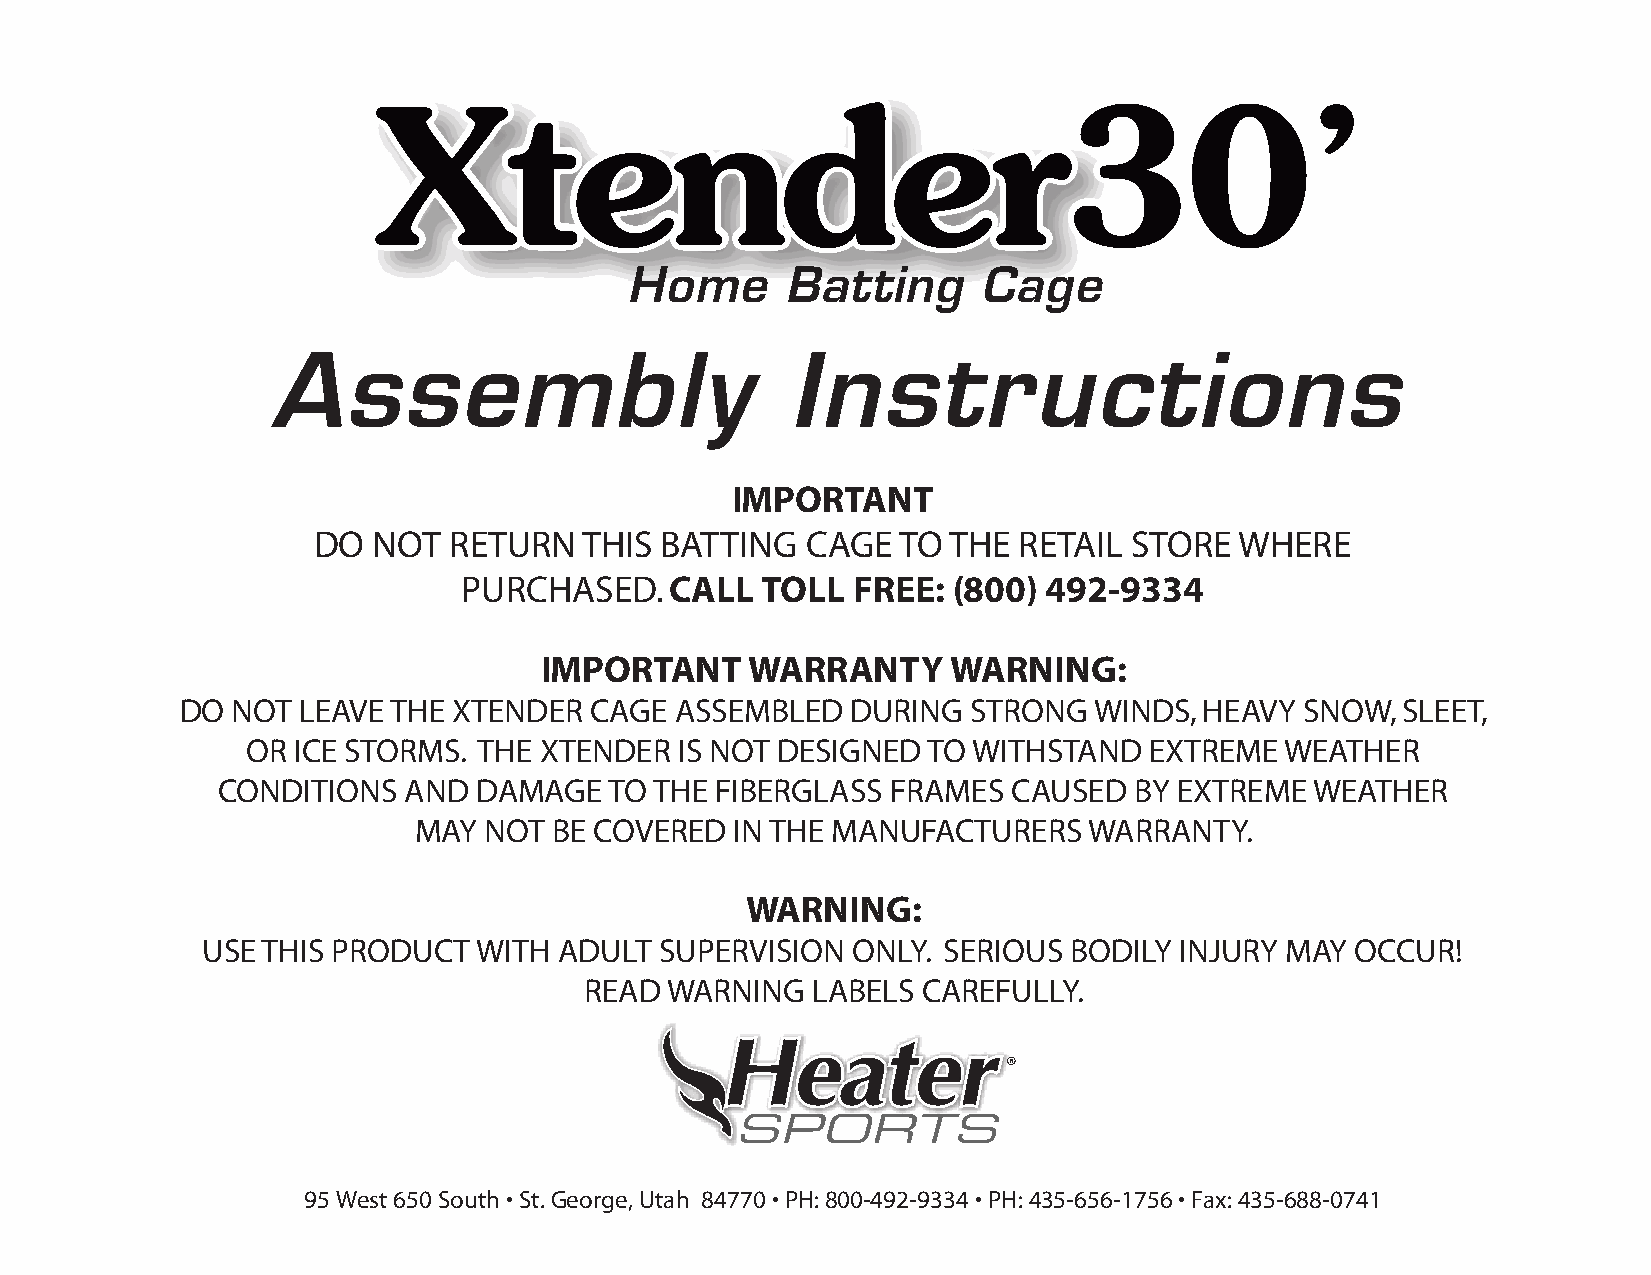
XXtteennddeerr3300’’
 Home      Batting      Cage
 Assembly                          Instructions
 IMPORTANT
 DO  NOT  RETURN   THIS BATTING  CAGE  TO  THE RETAIL  STORE  WHERE
 PURCHASED.   CALL  TOLL  FREE:  (800) 492-9334
 IMPORTANT     WARRANTY     WARNING:
 DO NOT  LEAVE THE XTENDER  CAGE  ASSEMBLED  DURING  STRONG  WINDS,  HEAVY SNOW,  SLEET,
 OR ICE STORMS.  THE XTENDER  IS NOT DESIGNED TO WITHSTAND   EXTREME  WEATHER
 CONDITIONS   AND DAMAGE   TO THE FIBERGLASS  FRAMES  CAUSED  BY EXTREME  WEATHER
 MAY  NOT  BE COVERED  IN THE MANUFACTURERS   WARRANTY.
 WARNING:
 USE THIS PRODUCT   WITH ADULT  SUPERVISION ONLY. SERIOUS  BODILY INJURY MAY  OCCUR!
 READ WARNING   LABELS CAREFULLY.
 ®
 95West650South•St.George,Utah 84770•PH:800-492-9334•PH:435-656-1756•Fax:435-688-0741